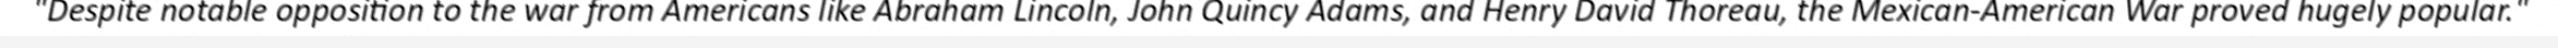
"Despite notable opposition to the war from Americans like Abraham Lincoln, John Quincy Adams, and Henry David Thoreau, the Mexican-American War proved hugely popular."